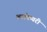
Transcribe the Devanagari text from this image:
अलफेयरी